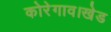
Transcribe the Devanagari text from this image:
कोरेगाव।खेड